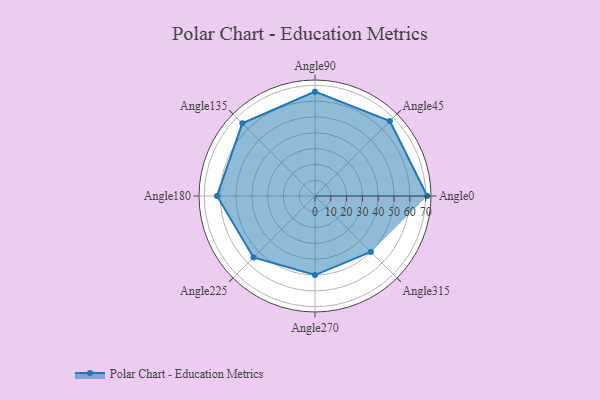
{"axis": {"x": "Angle", "y": "Radius"}, "legend": [""], "data": [{"x": "Angle0", "y": 71.0, "type": ""}, {"x": "Angle45", "y": 67.0, "type": ""}, {"x": "Angle90", "y": 66.0, "type": ""}, {"x": "Angle135", "y": 65.0, "type": ""}, {"x": "Angle180", "y": 62.0, "type": ""}, {"x": "Angle225", "y": 55.0, "type": ""}, {"x": "Angle270", "y": 50, "type": ""}, {"x": "Angle315", "y": 50, "type": ""}]}